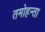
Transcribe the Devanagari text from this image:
तमोहन्ता